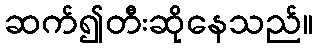
ဆက်၍တီးဆိုနေသည်။